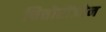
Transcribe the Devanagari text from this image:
चित्तोरोंजोन